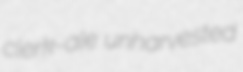
clerk-ale unharvested